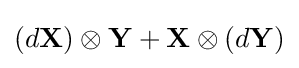
(d\mathbf {X} )\otimes \mathbf {Y} +\mathbf {X} \otimes (d\mathbf {Y} )